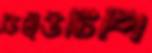
ডিইউটিপি